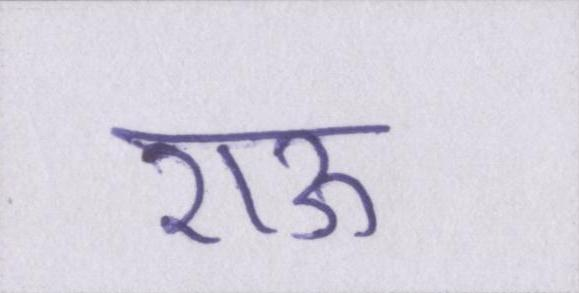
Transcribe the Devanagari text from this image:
राऊ